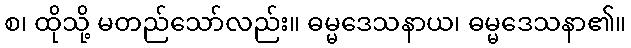
စ၊ ထိုသို့ မတည်သော်လည်း။ ဓမ္မဒေသနာယ၊ ဓမ္မဒေသနာ၏။